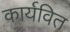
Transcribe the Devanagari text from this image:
कार्यवित